Medical and sanitary report of the native army of Bengal for the year
Year: 1877
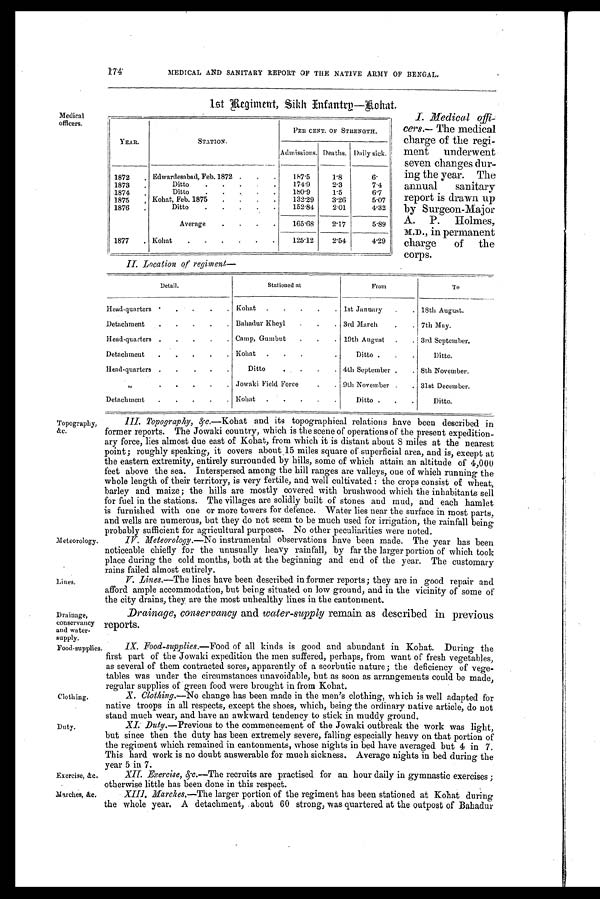
174 MEDICAL AND SANITARY REPORT OF THE NATIVE ARMY OF BENGAL.
Medical
officers.
1 s t R e g i m e n t , S i k h I n f a n t r y — K o h a t .
I. Medical offi-
cers.— The medical
charge of the regi-
ment underwent
seven changes dur-
ing the year. The
annual sanitary
report is drawn up
by Surgeon-Major
A. P. Holmes,
M.D., in permanent
charge of the
corps.
II. Location of regiment—
YEAR.
STATION.
PER CENT. OF STRENGTH.
Admissions. Deaths. Daily sick.
1872
. Edwardesabad, Feb. 1872 .
.
.
187.5
1.8
6.
1873
.
Ditto
.
.
.
.
174.9
2 . 3
7.4
1874
.
Ditto
.
. . . .
180.9
1.5
6 . 7
1875
.
Kohat, Feb. 1875
.
.
.
.
132.29
3.26
5.07
1876
.
Ditto
.
.
.
.
.
152.84
2 . 0 1
4.32
Average
.
.
.
.
165.68
2 . 1 7
5.89
1877
. Kohat
.
.
.
.
.
.
125.12
2.54
4.29
Detail.
Stationed at
From
To
Head-quarters
.
.
.
.
. Kohat
.
.
.
.
. 1st January
.
. 18th August.
Detachment
.
.
.
.
. Bahadur Kheyl
.
.
. 3rd March
.
. 7th May.
Head-quarters
. .
.
.
. Camp, Gumbut
.
.
. 19th August
.
. 3rd September.
Detachment
.
.
.
.
. Kohat
.
.
.
.
Ditto ,
.
.
Ditto.
Head-quarters .
.
.
.
.
Ditto
.
.
.
. 4th September .
. 8th November.
„
Jowaki Field Force
.
. 9th November .
. 31st December.
Detachment
.
.
.
.
. Kohat
.
.
.
.
.
Ditto .
.
.
Ditto.
Topography,
&c.
Meteorology.
Lines.
Drainage,
conservancy
and water-
supply.
Food-supplies.
Clothing.
Duty.
Exercise, &c,
Marches, &c.
III. Topography, & c.—Kohat and its topographical relations have been described in
former reports. The Jowaki country, which is the scene of operations of the present expedition-
ary force, lies almost due east of Kohat, from which it is distant about 8 miles at the nearest
point; roughly speaking, it covers about 15 miles square of superficial area, and is, except at
the eastern extremity, entirely surrounded by hills, some of which attain an altitude of 4,000
feet above the sea. Interspersed among the hill ranges are valleys, one of which running the
whole length of their territory, is very fertile, and well cultivated : the crops consist of wheat,
barley and maize ; the hills are mostly covered with brushwood which the inhabitants sell
for fuel in the stations. The villages are solidly built of stones and mud, and each hamlet
is furnished with one or more towers for defence. Water lies near the surface in most parts,
and wells are numerous, but they do not seem to be much used for irrigation, the rainfall being
probably sufficient for agricultural purposes. No other peculiarities were noted.
IV. Meteorology.—No
instrumental observations have been made. The year has been
noticeable chiefly for the unusually heavy rainfall, by far the larger portion of which took
place during the cold months, both at the beginning and end of the year. The customary
rains failed almost entirely.
V. Lines.—The lines have been described in former reports; they are in good repair and
afford ample accommodation, but being situated on low ground, and in the vicinity of some of
the city drains, they are the most unhealthy lines in the cantonment.
Drainage, conservancy and water-supply remain as described in previous
reports.
IX.
Food-supplies.— Food of all kinds is good and abundant in Kohat. During the
first part of the Jowaki expedition the men suffered, perhaps, from want of fresh vegetables,
as several of them contracted sores, apparently of a scorbutic nature; the deficiency of vege-
tables was under the circumstances unavoidable, but as soon as arrangements could be made,
regular supplies of green food were brought in from Kohat.
X.
Clothing.—No change has been made in the men's clothing, which is well adapted for
native troops in all respects, except the shoes, which, being the ordinary native article, do not
stand much wear, and have an awkward tendency to stick in muddy ground.
I. Duty .—Previous to the commencement of the Jowaki outbreak the work was light,
but since then the duty has been extremely severe, falling especially heavy on that portion of
the regiment which remained in cantonments, whose nights in bed have averaged but 4 in 7.
This hard work is no doubt answerable for much sickness. Average nights in bed during the
year 5 in 7.
XII. Exercise, &c.—T h er
e c r u i t s a r e p r a c t i s e d f o r a n h o u r d a i l y i n g y m n a s t i c e x e r c i s e s ;
otherwise little has been done in this respect.
XIII. Marches.—The larger portion of the regiment has been stationed at Kohat during
the whole year. A detachment, . about 60 strong, was quartered at the outpost of Bahadur